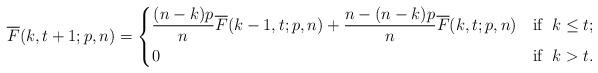
LaTeX: \begin{align*}\overline{F}(k,t+1;p,n) = \begin{dcases}\frac{(n-k)p}{n}\overline{F}(k-1,t;p,n) + \frac{n - (n-k)p}{n} \overline{F}(k,t;p,n) & \textnormal{if } \; k \le t; \\0 & \textnormal{if } \; k > t. \end{dcases}\end{align*}